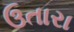
ઉતારા